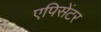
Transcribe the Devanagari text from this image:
एपिसेंटर